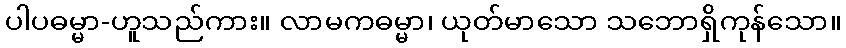
ပါပဓမ္မာ-ဟူသည်ကား။ လာမကဓမ္မာ၊ ယုတ်မာသော သဘောရှိကုန်သော။